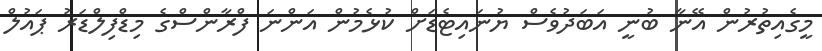
މީގެއިތުރުން އޭނާ ބުނީ އަބަދުވެސް ޔުނައިޓެޑަށް ކުޅެމުން އަންނަ ފްރާންސްގެ މިޑްފިލްޑަރު ޕައުލް